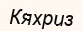
Кяхриз